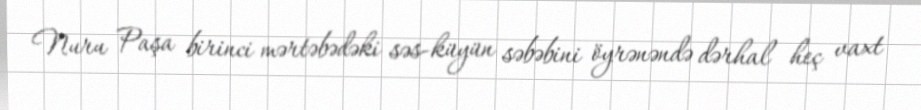
Nuru Paşa birinci mərtəbədəki səs-küyün səbəbini öyrənəndə dərhal heç vaxt